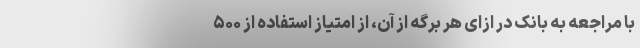
با مراجعه به بانک در ازای هر برگه از آن، از امتیاز استفاده از ۵۰۰